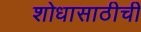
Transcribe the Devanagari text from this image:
शोधासाठीची